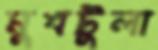
মুখটুলা